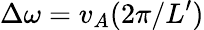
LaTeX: \Delta\omega=v_{A}(2\pi/L^{\prime})